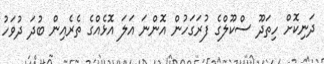
ދަނިކޮށް ހިތަދޫ ސްކޫލްގެ ފުރަގަހުން އޮންނަ އަލަ އޮޅެއްގެ ތެރެއިން ބުދަ ދުވަހު